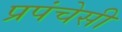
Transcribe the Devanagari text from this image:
प्रपंचेसी